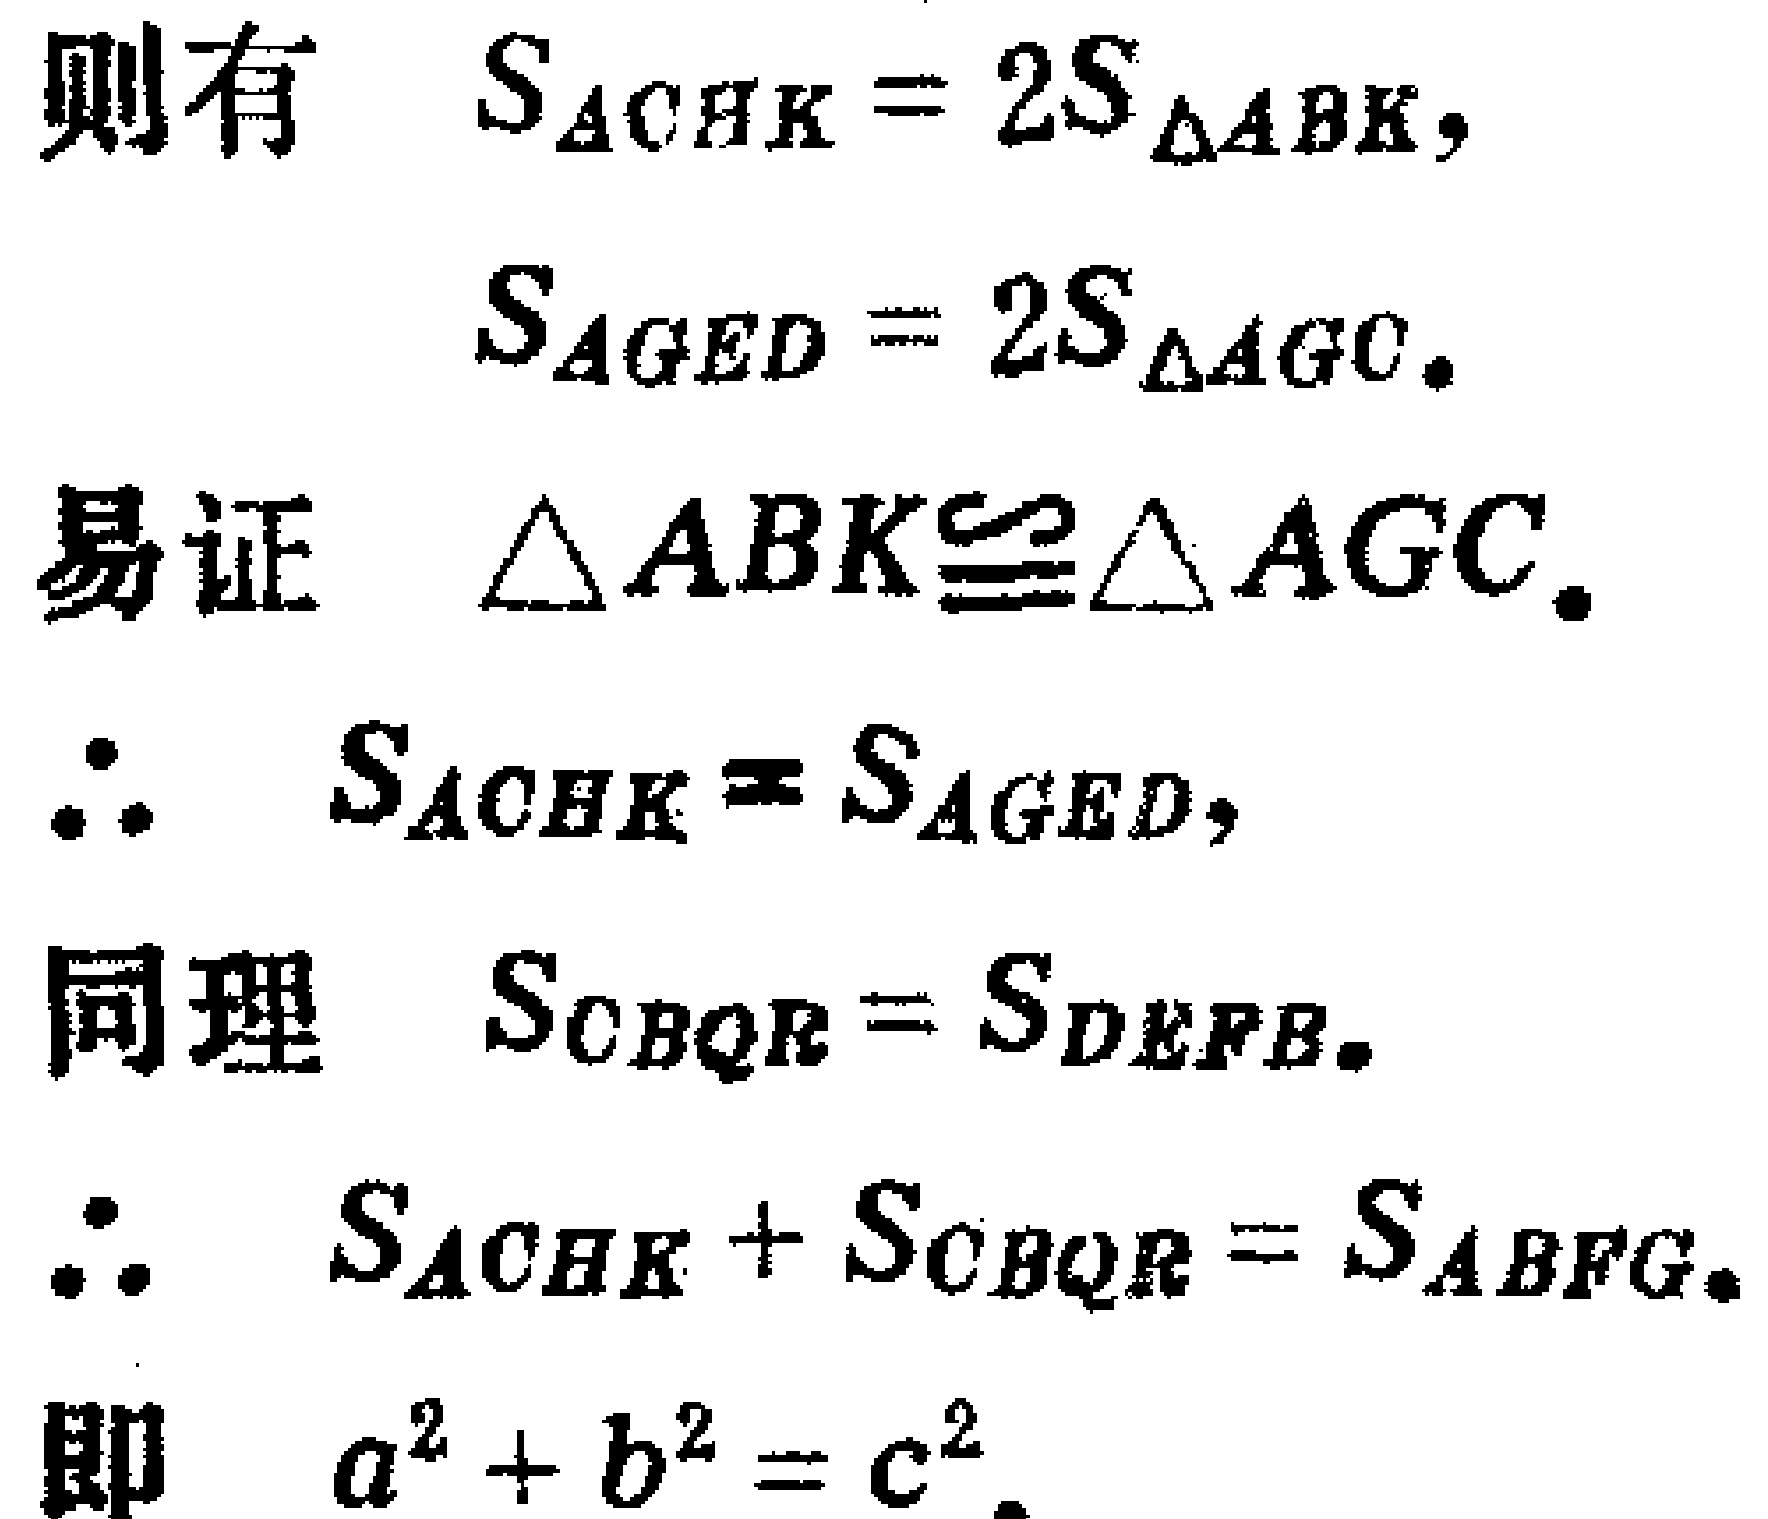
则有 \(S_{\triangle CHK}=2S_{\triangle ABK},\)
\(S_{AGED}=2S_{\triangle AGC}.\)
易证 \(\triangle ABK\cong\triangle AGC.\)
\(\therefore S_{ACHK}=S_{AGED},\)
同理 \(S_{CBQR}=S_{DEFB}.\)
\(\therefore S_{ACHK}+S_{CBQR}=S_{ABFG}.\)
即 \(a^{2}+b^{2}=c^{2}.\)